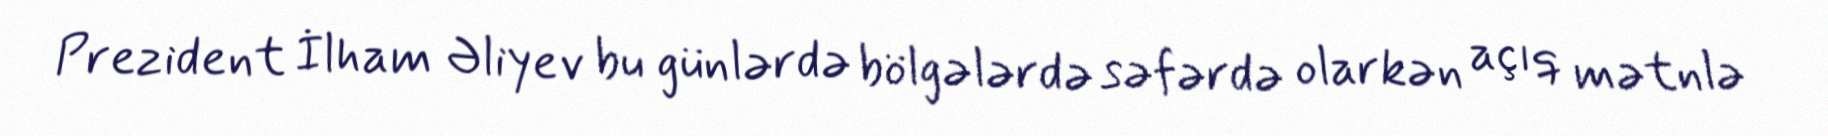
Prezident İlham Əliyev bu günlərdə bölgələrdə səfərdə olarkən açıq mətnlə